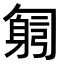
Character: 𠤂